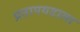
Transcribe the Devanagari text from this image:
प्रतापगडाला